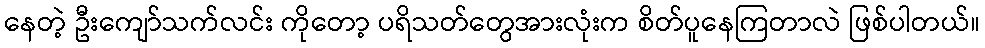
နေတဲ့ ဦးကျော်သက်လင်း ကိုတော့ ပရိသတ်တွေအားလုံးက စိတ်ပူနေကြတာလဲ ဖြစ်ပါတယ်။